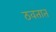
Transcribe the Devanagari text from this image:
ठवतात